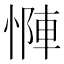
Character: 𫺶